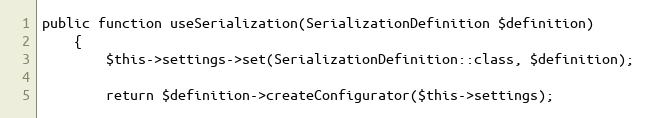
Language: PHP
public function useSerialization(SerializationDefinition $definition)
    {
        $this->settings->set(SerializationDefinition::class, $definition);

        return $definition->createConfigurator($this->settings);